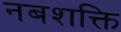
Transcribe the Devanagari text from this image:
नबशक्ति